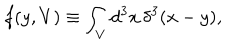
f ( y , V ) \equiv \int _ { V } d ^ { 3 } x \, \delta ^ { 3 } ( x - y ) ,